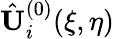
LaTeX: \hat{\mathbf{U}}_{i}^{(0)}(\xi,\eta)